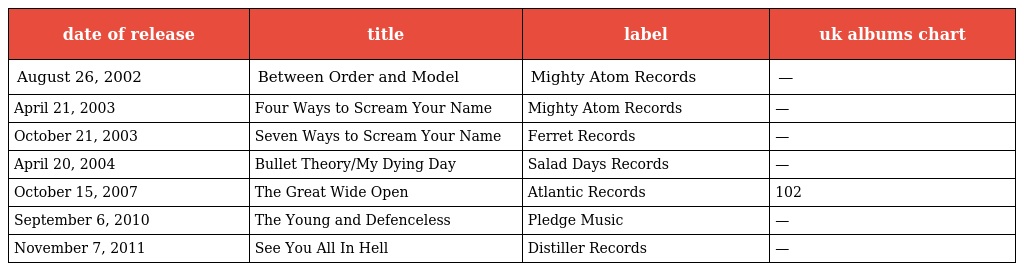
| date of release | title | label | uk albums chart |
 | --- | --- | --- | --- |
 | August 26, 2002 | Between Order and Model | Mighty Atom Records | — |
 | April 21, 2003 | Four Ways to Scream Your Name | Mighty Atom Records | — |
 | October 21, 2003 | Seven Ways to Scream Your Name | Ferret Records | — |
 | April 20, 2004 | Bullet Theory/My Dying Day | Salad Days Records | — |
 | October 15, 2007 | The Great Wide Open | Atlantic Records | 102 |
 | September 6, 2010 | The Young and Defenceless | Pledge Music | — |
 | November 7, 2011 | See You All In Hell | Distiller Records | — |